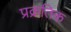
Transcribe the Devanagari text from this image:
प्रक्रतिक